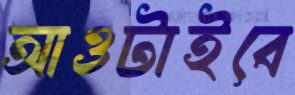
আওটাইবে